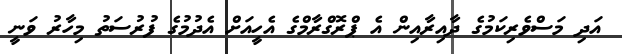
އަދި މަސްވެރިކަމުގެ ދާއިރާއިން އެ ޕްރޮގްރާމްގެ އެހީއަށް އެދުމުގެ ފުރުސަތު މިހާރު ވަނީ